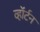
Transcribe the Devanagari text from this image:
व्हॉर्टन